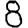
Digit: 8